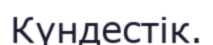
Күндестік.